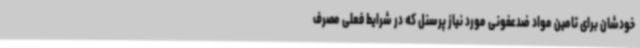
خودشان برای تامین مواد ضدعفونی مورد نیاز پرسنل که در شرایط فعلی مصرف